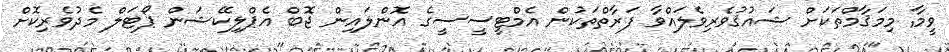
ވީމާ